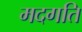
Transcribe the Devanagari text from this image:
मदगति